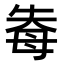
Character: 𭑐